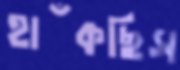
হাঁকছিস